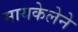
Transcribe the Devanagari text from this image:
मायकेलेने